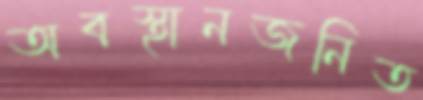
অবস্থানজনিত